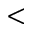
<